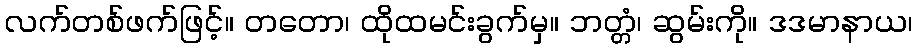
လက်တစ်ဖက်ဖြင့်။ တတော၊ ထိုထမင်းခွက်မှ။ ဘတ္တံ၊ ဆွမ်းကို။ ဒဒမာနာယ၊